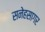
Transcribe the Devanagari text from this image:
सनेहसागर